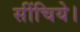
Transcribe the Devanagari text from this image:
सींचिये।